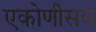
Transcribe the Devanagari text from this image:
एकोणीसव